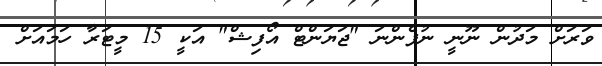
ވަރަށް މަދުން ނޫނީ ނުފެންނަ "ޖަޔަންޓް އޯފިޝް" އަކީ 15 މީޓަރާ ހަމައަށް